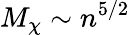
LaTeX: M_{\chi}\sim n^{5/2}